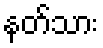
နတ်သား